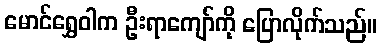
မောင်ရွှေဝါက ဦးရာကျော်ကို ပြောလိုက်သည်။